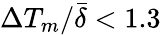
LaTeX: \Delta T_{m}/\bar{\delta}<1.3